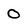
Character: 0